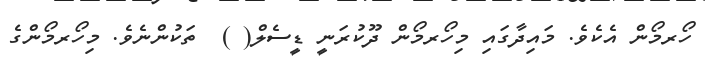
ހޯރމޯން އެކެވެ. މައިދާގައި މިހޯރމޯން ދޫކުރަނީ ޑީސެލް( )  ތަކުންނެވެ. މިހޯރމޯންގެ